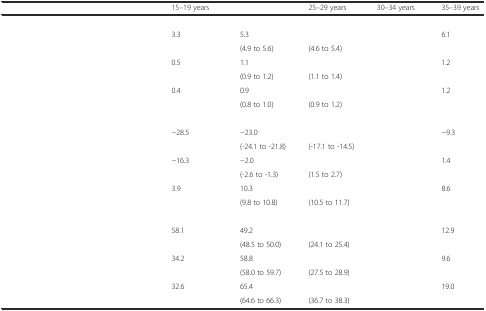
<table><thead><tr><td>[EMPTY_CELL]</td><td><b>15–19 years</b></td><td>[EMPTY_CELL]</td><td><b>25–29 years</b></td><td><b>30–34 years</b></td><td><b>35–39 years</b></td></tr></thead><tbody><tr><td colspan="6">[EMPTY_CELL]</td></tr><tr><td rowspan="2">[EMPTY_CELL]</td><td>3.3</td><td>5.3</td><td>[EMPTY_CELL]</td><td>[EMPTY_CELL]</td><td>6.1</td></tr><tr><td>[EMPTY_CELL]</td><td>(4.9 to 5.6)</td><td>(4.6 to 5.4)</td><td>[EMPTY_CELL]</td><td>[EMPTY_CELL]</td></tr><tr><td rowspan="2">[EMPTY_CELL]</td><td>0.5</td><td>1.1</td><td>[EMPTY_CELL]</td><td>[EMPTY_CELL]</td><td>1.2</td></tr><tr><td>[EMPTY_CELL]</td><td>(0.9 to 1.2)</td><td>(1.1 to 1.4)</td><td>[EMPTY_CELL]</td><td>[EMPTY_CELL]</td></tr><tr><td rowspan="2">[EMPTY_CELL]</td><td>0.4</td><td>0.9</td><td>[EMPTY_CELL]</td><td>[EMPTY_CELL]</td><td>1.2</td></tr><tr><td>[EMPTY_CELL]</td><td>(0.8 to 1.0)</td><td>(0.9 to 1.2)</td><td>[EMPTY_CELL]</td><td>[EMPTY_CELL]</td></tr><tr><td colspan="6">[EMPTY_CELL]</td></tr><tr><td rowspan="2">[EMPTY_CELL]</td><td>−28.5</td><td>−23.0</td><td>[EMPTY_CELL]</td><td>[EMPTY_CELL]</td><td>−9.3</td></tr><tr><td>[EMPTY_CELL]</td><td>(-24.1 to -21.8)</td><td>(-17.1 to -14.5)</td><td>[EMPTY_CELL]</td><td>[EMPTY_CELL]</td></tr><tr><td rowspan="2">[EMPTY_CELL]</td><td>−16.3</td><td>−2.0</td><td>[EMPTY_CELL]</td><td>[EMPTY_CELL]</td><td>1.4</td></tr><tr><td>[EMPTY_CELL]</td><td>(-2.6 to -1.3)</td><td>(1.5 to 2.7)</td><td>[EMPTY_CELL]</td><td>[EMPTY_CELL]</td></tr><tr><td rowspan="2">[EMPTY_CELL]</td><td>3.9</td><td>10.3</td><td>[EMPTY_CELL]</td><td>[EMPTY_CELL]</td><td>8.6</td></tr><tr><td>[EMPTY_CELL]</td><td>(9.8 to 10.8)</td><td>(10.5 to 11.7)</td><td>[EMPTY_CELL]</td><td>[EMPTY_CELL]</td></tr><tr><td colspan="6">[EMPTY_CELL]</td></tr><tr><td rowspan="2">[EMPTY_CELL]</td><td>58.1</td><td>49.2</td><td>[EMPTY_CELL]</td><td>[EMPTY_CELL]</td><td>12.9</td></tr><tr><td>[EMPTY_CELL]</td><td>(48.5 to 50.0)</td><td>(24.1 to 25.4)</td><td>[EMPTY_CELL]</td><td>[EMPTY_CELL]</td></tr><tr><td rowspan="2">[EMPTY_CELL]</td><td>34.2</td><td>58.8</td><td>[EMPTY_CELL]</td><td>[EMPTY_CELL]</td><td>9.6</td></tr><tr><td>[EMPTY_CELL]</td><td>(58.0 to 59.7)</td><td>(27.5 to 28.9)</td><td>[EMPTY_CELL]</td><td>[EMPTY_CELL]</td></tr><tr><td rowspan="2">[EMPTY_CELL]</td><td>32.6</td><td>65.4</td><td>[EMPTY_CELL]</td><td>[EMPTY_CELL]</td><td>19.0</td></tr><tr><td>[EMPTY_CELL]</td><td>(64.6 to 66.3)</td><td>(36.7 to 38.3)</td><td>[EMPTY_CELL]</td><td>[EMPTY_CELL]</td></tr></tbody></table>